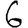
Digit: 6